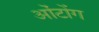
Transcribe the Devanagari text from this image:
ओंटोंग